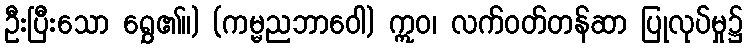
ဦးပြီးသော ရွှေ၏။) (ကမ္မညဘာဝေါ) ဣဝ၊ လက်ဝတ်တန်ဆာ ပြုလုပ်မှု၌